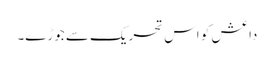
داعش کو اس تحریک سے جوڑے۔